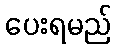
ပေးရမည်